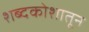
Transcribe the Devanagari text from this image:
शब्दकोशातून